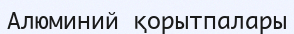
Алюминий қорытпалары